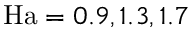
\mathrm { H a } = 0 . 9 , 1 . 3 , 1 . 7